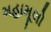
મહામૂલો